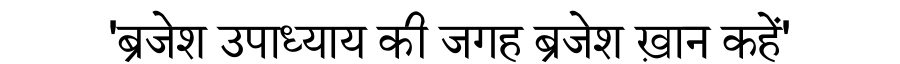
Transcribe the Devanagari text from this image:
'ब्रजेश उपाध्याय की जगह ब्रजेश ख़ान कहें'